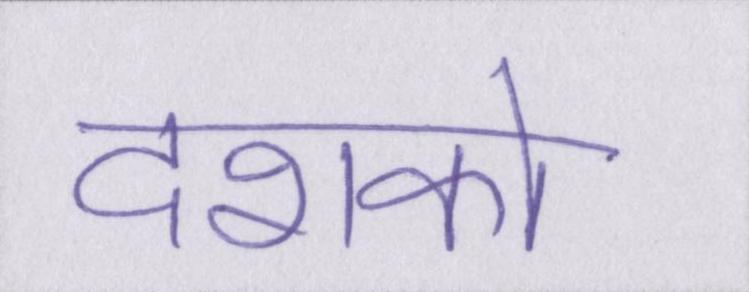
दशको